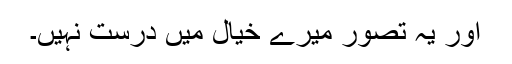
اور یہ تصور میرے خیال میں درست نہیں۔